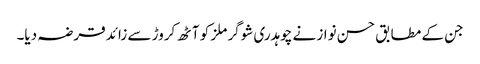
جن کے مطابق حسن نواز نے چوہدری شوگر ملز کو آٹھ کروڑ سے زائد قرضہ دیا۔